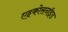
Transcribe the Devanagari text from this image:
एइकोसनॉइड